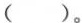
()。